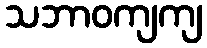
သဘာဝကျကျ